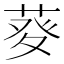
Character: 𤼱